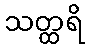
သတ္ထရိ